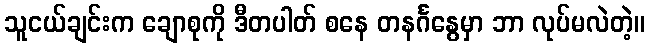
သူငယ်ချင်းက ချောစုကို ဒီတပါတ် စနေ တနင်္ဂနွေမှာ ဘာ လုပ်မလဲတဲ့။